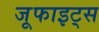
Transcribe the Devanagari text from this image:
जूफाइट्स